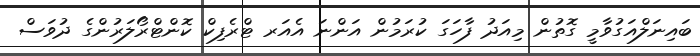
ބައިނަލްއަގުވާމީ ގޮތުން މިއަދު ފާހަގަ ކުރަމުން އަންނަ އެއަރ ޓްރެފިކް ކޮންޓްރޯލަރުންގެ ދުވަސް